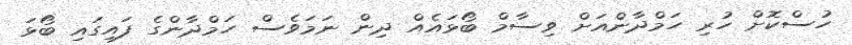
ހުސްކޮށް ހުރި ހަމްދާންއަށް ވިސާމް ބޯޅައެއް ދިން ނަމަވެސް ހަމްދާންގެ ފައިގައި ބޯޅަ